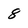
Character: 8